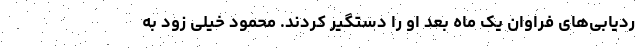
ردیابی‌های فراوان یک ماه بعد او را دستگیر کردند. محمود خیلی زود به